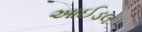
આઈડલ